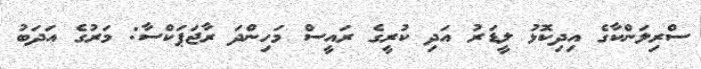
ސްރިލަންކާގެ އިދިކޮޅު ލީޑަރު އަދި ކުރީގެ ރައީސް މަހިންދަ ރާޖަޕަކްސާ: މަރުގެ އަދަބު